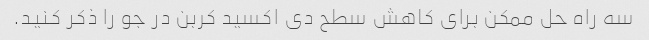
سه راه حل ممکن برای کاهش سطح دی اکسید کربن در جو را ذکر کنید.